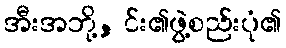
အီးအဘို့, င်း၏ဖွဲ့စည်းပုံ၏